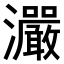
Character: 𤅙